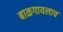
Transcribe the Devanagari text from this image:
बाळगायलाच